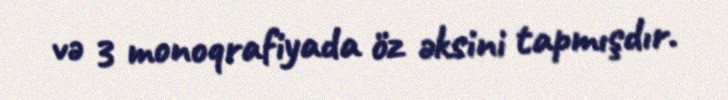
və 3 monoqrafiyada öz əksini tapmışdır.